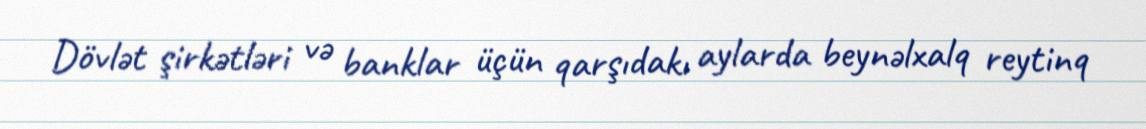
Dövlət şirkətləri və banklar üçün qarşıdakı aylarda beynəlxalq reytinq